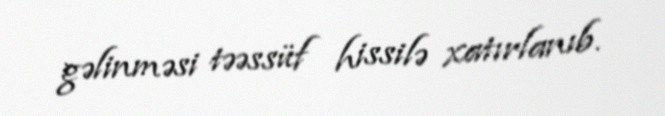
gəlinməsi təəssüf hissilə xatırlanıb.